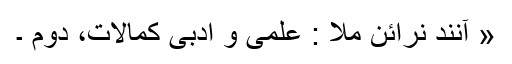
« آنند نرائن ملاؔ : علمی و ادبی کمالات، دوم ۔